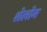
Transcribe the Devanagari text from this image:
शेलोम